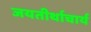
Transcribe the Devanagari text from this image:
जयतीर्थाचार्य